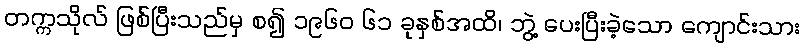
တက္ကသိုလ် ဖြစ်ပြီးသည်မှ စ၍ ၁၉၆၀ ၆၁ ခုနှစ်အထိ၊ ဘွဲ့ ပေးပြီးခဲ့သော ကျောင်းသား